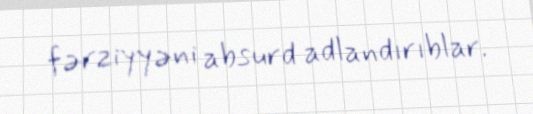
fərziyyəni absurd adlandırıblar.